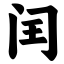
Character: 闰